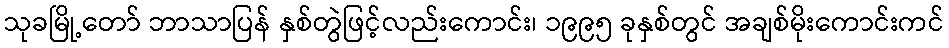
သုခမြို့တော် ဘာသာပြန် နှစ်တွဲဖြင့်လည်းကောင်း၊ ၁၉၉၅ ခုနှစ်တွင် အချစ်မိုးကောင်းကင်